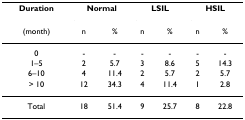
<table><thead><tr><td><b>Duration</b></td><td colspan="2"><b>Normal</b></td><td colspan="2"><b>LSIL</b></td><td colspan="2"><b>HSIL</b></td></tr><tr><td><b>(month)</b></td><td><b>n</b></td><td><b>%</b></td><td><b>n</b></td><td><b>%</b></td><td><b>n</b></td><td><b>%</b></td></tr></thead><tbody><tr><td>0</td><td>-</td><td>-</td><td>-</td><td>-</td><td>-</td><td>-</td></tr><tr><td>1–5</td><td>2</td><td>5.7</td><td>3</td><td>8.6</td><td>5</td><td>14.3</td></tr><tr><td>6–10</td><td>4</td><td>11.4</td><td>2</td><td>5.7</td><td>2</td><td>5.7</td></tr><tr><td>&gt; 10</td><td>12</td><td>34.3</td><td>4</td><td>11.4</td><td>1</td><td>2.8</td></tr><tr><td>Total</td><td>18</td><td>51.4</td><td>9</td><td>25.7</td><td>8</td><td>22.8</td></tr></tbody></table>